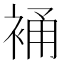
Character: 𧚔